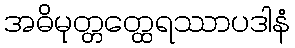
အဓိမုတ္တတ္ထေရဿာပဒါနံ